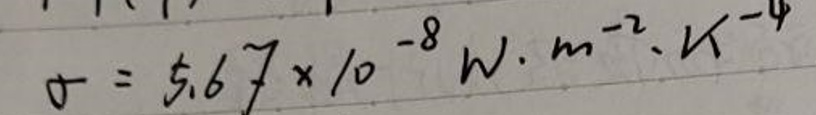
$\sigma = 5.67 \times 10^{-8} W \cdot m^{-2} \cdot K^{-4}$